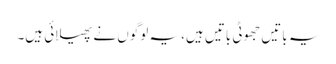
یہ باتیں جھوٹی باتیں ہیں، یہ لوگوں نے پھیلائی ہیں۔